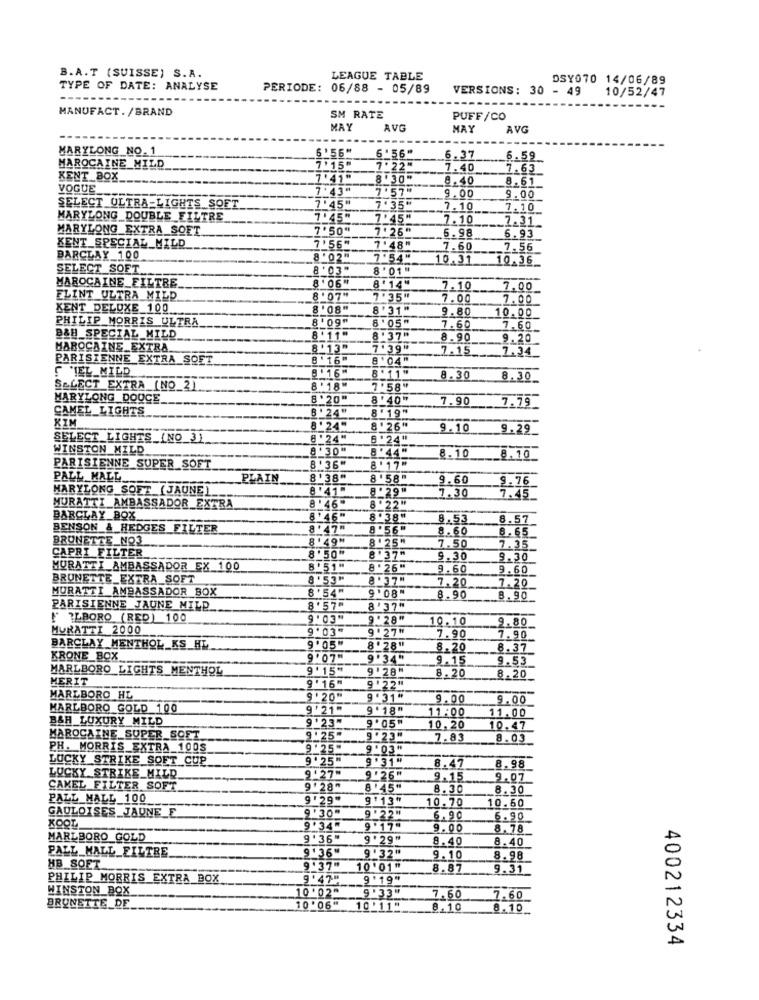
B.A.T (SUISSE) S.A.
LEAGUE TABLE
DSY070 14/06/89
TYPE OF DATE: ANALYSE
PERIODE: 06/88 - 05/89
VERSIONS: 30 - 49
10/52/47
MANUFACT. /BRAND
SM RATE
PUFF/CO
MAY
AVG
MAY
AVG
MARYLONG NO. 1
6 '56"
6'56"
6.37
6.59
MAROCAINE MILD
7 '15"
7. 22"
7.40
7.63_
KENT BOX
7.49
8 '30"
8.40
8. 61
VOGUE
7 '43"
7 .57"
7 ' 45"
9.00
9.00
SELECT ULTRA-LIGHTS SOFT
7 '35"
7.10
7.10
MARYLONG_DOUBLE_FILTRE
7'45"
7'45"
7.10
7.31_
MARYLONG_EXTRA_SOFT
7'50"
7' 26"
6.98
7'56"
6.93
KENT_SPECIAL_MILD
7 ' 48"
7.60
7.56
BARCLAY_100
8 '02"
7.54"
10.31
10.36
SELECT_SOFT
8 ' 03"
8 '01"
MAROCAINE_FILTRE
8'06
8'14"
7.10
7.00_
FLINT ULTRA MILD
8 '07"
7'35"
7.00
7.00
KENT DELUXE 100
8'08"
8 '31"
9.80
PHILIP MORRIS ULTRA
8'09"
10.00
6 ' 05"
7.60
7.60
B&H_SPECIAL_MILD
8'11"
8 '37"
8.90
9.20
MAROCAINE_EXTRA
8'13"
7 '39"
7.15
7.34
PARISIENNE EXTRA_SOET
8 '16"
8 '04"
C 'IEL_MILD
8 '11"
B '16"
8.30
8.30
SELECT EXTRA (NO_2)
8 '18"
7 .58"
MARYLONG DOUCE
8'20"
8 '40"
7.90
7.79
CAMEL_LIGHTS
B '24"
8'19"
XIM
8'24"
8 '26"
9.10
9.29
SELECT_LIGHTS_{NO_3)
8'24"
B '24"
WINSTON MILD
8 '30"
8 '44"
8.10
8.10
PARISIENNE SUPER SOFT
8'36"
8'17"
PALL MALL
PLAIN
8'38"
8'58"
9.60
9.76
HARYLONG SOFT ( JAUNE)
8 '41"
8-29"
7.30
7.45
MURATTI AMBASSADOR EXTRA
8 ' 46"
.8 . 22"
BARCLAY _BOX
8 '46"
8 .38"
8.53
8.57
BENSON & HEDGES_ FILTER
8'47"
8 '56"
8.60
8.65
BRUNETTE_NO3
8'49"
8 ' 25"
CAPRI FILTER
7.50
7.35
8'50"
8'37"
9.30
9.30
MURATTI AMBASSADOR EX 100
8'51"
8 . 26"
9.60
9.60
BRUNETTE_EXTRA SOFT
8'53"
8.37"
7.20
MURATTI AMBASSADOR BOX
9'08"
7.20
8'54"
8.90
8.90
PARISIENNE JAUNE MILD.
8'57"
8 '37"
?BORO (RED) 100
9 '03"
9 '28"
10.10
9.80
MURATTI 2000
9' 03"
9 . 27"
7.90
7. 90
BARCLAY MENTHOL KS HL
9 '05"
8.28"
8.20
8.37
KRONE BOX
9'07"
9'34"
9.15
9.53
MARLBORO LIGHTS MENTHOL
9' 15"
9 '28"
MERIT
9 '22"
8.20
8.20
9' 16"
MARLBORO HL
9 ' 20"
9'31"
9.00
9.00
MARLBORO GOLD 100
9 '21"
9'18"
11:00
B&H LUXURY MILD
9 '23"
9 '05"
11.00
10.20
10.47
MAROCAINE_SUPER SOFT
9 ' 25
9 .23"
7.83
8.03
PH. MORRIS EXTRA 100S
9 '25"
9 '03"
LUCKY STRIKE SOFT CUP
9 . 25"
9 '31"
LUCKY STRIKE_MILD
9'27"
8.47
8.98
9 .26"
9.15
9.07
CAMEL FILTER SOFT
9 ' 28"
8 '45"
8.30
8.30
PALL MALL 100
9 '29"
9'13"
10.70
9 '30"
9 '22"
10.60
GAULOISES JAUNE E
6.90
6.90
KOOT
9.34
9 '17-
9.00
8.78_
MARLBORO GOLD
9 ' 36"
9 '29"
8.40
8.40
PALL MALL_FILTRE
9 '36"
HB SOFT
9'32"
9.10
8.98
9.37"
10 '01"
8.87
9.31
PHILIP MORRIS EXTRA BOX
9'47"
9'19"
WINSTON_BOX
10 '02"
9 '33"
7.60
7.60
BRUNETTE_DE
10 '06"
10'11"
8.10
8.10_
400212334